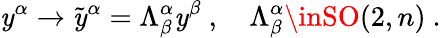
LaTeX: {\mathit{y}}^{\alpha}\rightarrow\tilde{{\mathit{y}}}^{\alpha}=\Lambda_{\beta}^{\alpha}\mathit{y}^{\beta}~,~~~~\Lambda_{\beta}^{\alpha}\inSO(2,n)~.